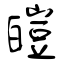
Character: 皚